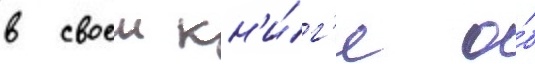
в своеи кн'и́г'е о́б